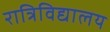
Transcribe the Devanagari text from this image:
रात्रिविद्यालय